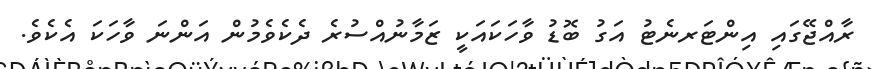
ރާއްޖޭގައި އިންޓަރނެޓު އަގު ބޮޑު ވާހަކައަކީ ޒަމާނުއްސުރެ ދެކެވެމުން އަންނަ ވާހަކަ އެކެވެ.